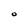
Character: O